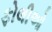
ફોલીઓ